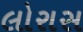
લોરાસ